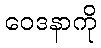
ဝေဒနာကို